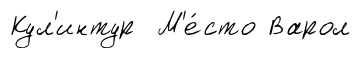
Кул'интур М'е́сто Варол